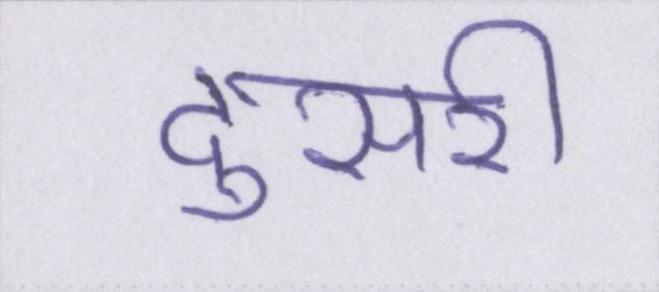
दुसरी